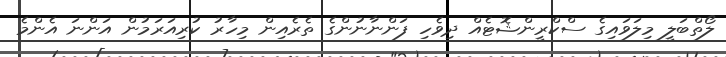
ލޯތްބަލީ މިލަވައިގެ ސްކްރީންޝޮޓެއް ދިވެހި ފަންނާނުންގެ ތެރެއިން މިހާރު ކުރިއަރަމުން އަންނަ އެންމެ